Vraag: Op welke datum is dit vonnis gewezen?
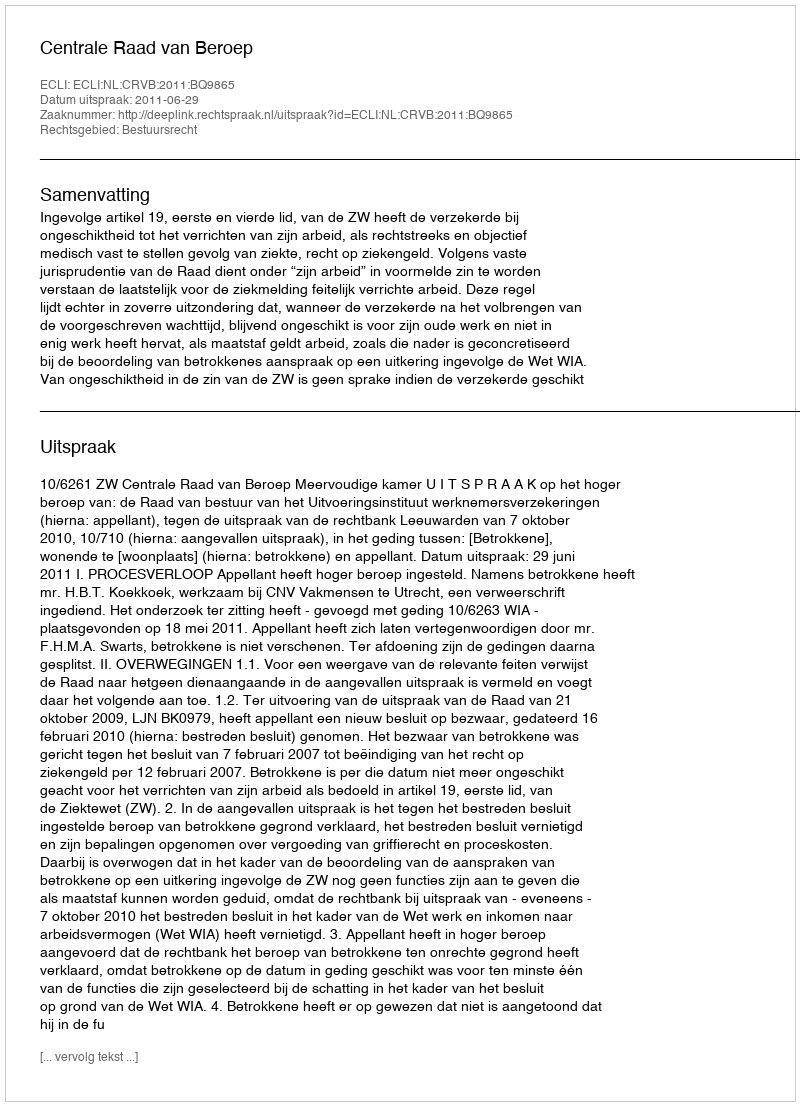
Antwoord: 2011-06-29